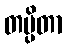
တပ္ပိတာ